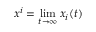
x ^ { i } = \operatorname* { l i m } _ { t \to \infty } x _ { i } ( t )